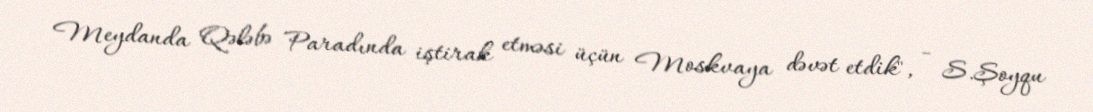
Meydanda Qələbə Paradında iştirak etməsi üçün Moskvaya dəvət etdik", - S.Şoyqu